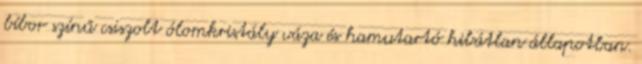
bíbor színű csiszolt ólomkristály váza és hamutartó hibátlan állapotban.